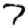
Digit: 7